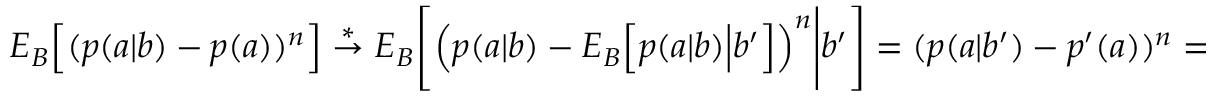
\begin{array} { r } { { E } _ { B } \Big [ ( p ( a | b ) - p ( a ) ) ^ { n } \Big ] \stackrel { * } { \rightarrow } { E } _ { B } \Bigg [ \Big ( p ( a | b ) - { E } _ { B } \Big [ p ( a | b ) \Big | b ^ { \prime } \Big ] \Big ) ^ { n } \Bigg | b ^ { \prime } \Bigg ] = ( p ( a | b ^ { \prime } ) - p ^ { \prime } ( a ) ) ^ { n } = 0 . } \end{array}